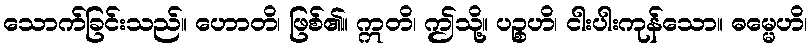
သောက်ခြင်းသည်။ ဟောတိ၊ ဖြစ်၏။ ဣတိ၊ ဤသို့။ ပဉ္စဟိ၊ ငါးပါးကုန်သော။ ဓမ္မေဟိ၊